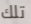
تلك